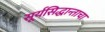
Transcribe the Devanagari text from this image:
सूर्यसिद्धान्ताचा